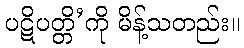
ပဋိပတ္တိ’ကို မိန့်သတည်း။